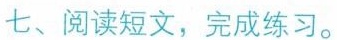
七、阅读短文，完成练习。